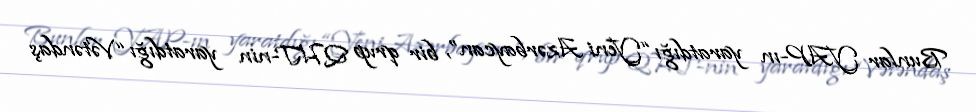
Bunlar YAP-ın yaratdığı “Yeni Azərbaycan”, bir qrup QHT-nin yaratdığı “Vətəndaş